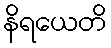
နိရယေတိ